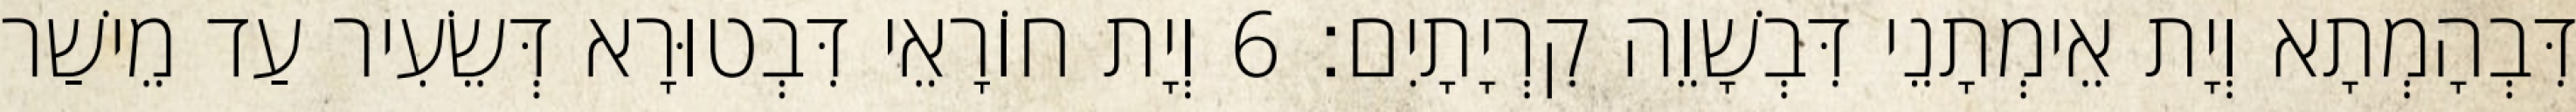
דִּבְהָמְתָא וְיָת אֵימְתָנֵי דִּבְשָׁוֵה קִרְיָתָיִם׃ 6 וְיָת חוֹרָאֵי דִּבְטוּרָא דְּשֵׂעִיר עַד מֵישַׁר